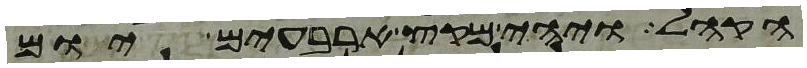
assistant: הקהל ויהי מקץ ארבעים יום